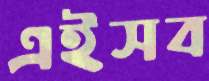
এইসব